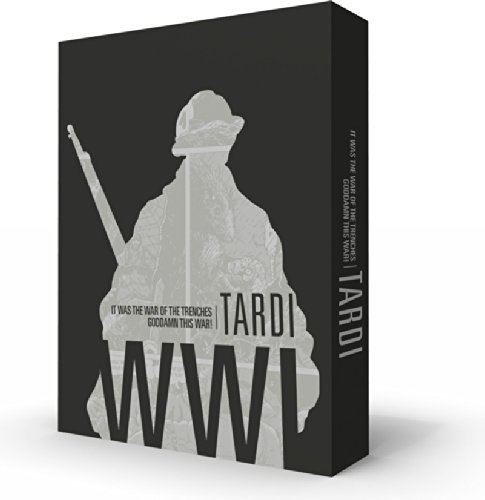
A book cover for Tardi's WWI: It Was The War Of The Trenches/Goddamn This War Gift Box Set; Jacques Tardi; Comics & Graphic Novels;